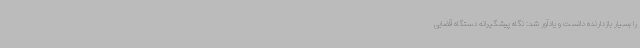
را بسیار بازدارنده دانست و یادآور شد: نگاه پیشگیرانه دستگاه قضایی